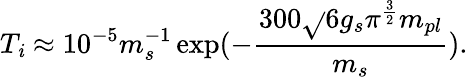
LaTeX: T_{\mathit{i}}\approx10^{-5}m_{s}^{-1}\exp(-\frac{{300\sqrt{}{{6g_{s}}}\pi^{\frac{{3}}{{2}}}m_{pl}}}{{m_{s}}}).